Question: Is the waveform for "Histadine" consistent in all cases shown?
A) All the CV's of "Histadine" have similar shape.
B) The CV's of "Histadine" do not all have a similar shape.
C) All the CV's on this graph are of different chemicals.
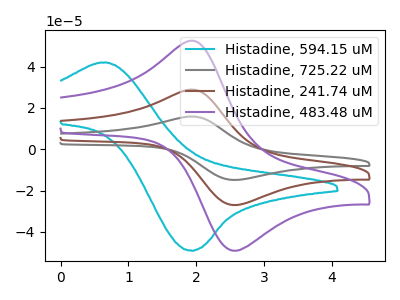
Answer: <think>The cyan curve "Histadine, 594.15 uM" has an anodic peak at (0.70V, 41.90uA) and a cathodic peak at (1.95V, -49.05uA). The gray curve "Histadine, 725.22 uM" has an anodic peak at (2.00V, 57.35uA) and a cathodic peak at (2.60V, -53.90uA). The brown curve "Histadine, 241.74 uM" has an anodic peak at (2.00V, 28.65uA) and a cathodic peak at (2.60V, -26.95uA). The purple curve "Histadine, 483.48 uM" has an anodic peak at (2.00V, 52.15uA) and a cathodic peak at (2.60V, -49.00uA).
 "Histadine, 594.15 uM" and "Histadine, 725.22 uM" have at least one peak that do not match. "Histadine, 594.15 uM" and "Histadine, 241.74 uM" have at least one peak that do not match. "Histadine, 594.15 uM" and "Histadine, 483.48 uM" have at least one peak that do not match. All the peaks in "Histadine, 725.22 uM" have a peak in "Histadine, 241.74 uM" at the same potential. Every peak in "Histadine, 725.22 uM" is higher than every peak in "Histadine, 241.74 uM". All the peaks in "Histadine, 725.22 uM" have a peak in "Histadine, 483.48 uM" at the same potential. Every peak in "Histadine, 725.22 uM" is higher than every peak in "Histadine, 483.48 uM". All the peaks in "Histadine, 241.74 uM" have a peak in "Histadine, 483.48 uM" at the same potential. Every peak in "Histadine, 241.74 uM" is lower than every peak in "Histadine, 483.48 uM".</think>
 <answer>A) All the CV's of "Histadine" have similar shape.</answer>
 <eval>A</eval>